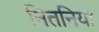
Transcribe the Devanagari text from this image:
नितनिया